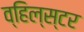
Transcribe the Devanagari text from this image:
व्हिल्स्टर